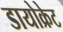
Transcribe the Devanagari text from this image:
डायोक्रेट